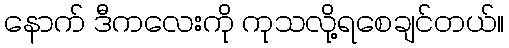
နောက် ဒီကလေးကို ကုသလို့ရစေချင်တယ်။